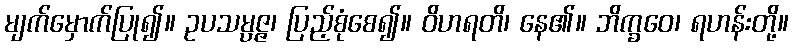
မျက်မှောက်ပြု၍။ ဥပသမ္ပဇ္ဇ၊ ပြည့်စုံစေ၍။ ဝိဟရတိ၊ နေ၏။ ဘိက္ခဝေ၊ ရဟန်းတို့။